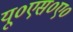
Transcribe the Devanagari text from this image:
यू०एस०ए०